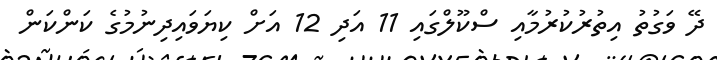
ދޭ ވަގުތު އިތުރުކުރުމާއި ސްކޫލްގައި 11 އަދި 12 އަށް ކިޔަވައިދިނުމުގެ ކަންކަން